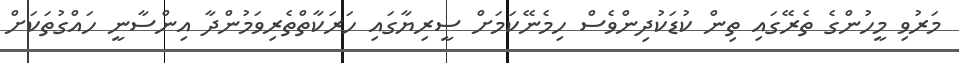
މަރުވި މީހުންގެ ތެރޭގައި ތިން ކުޑަކުދިންވެސް ހިމެނޭކަމަށް ސީރިޔާގައި ހަރަކާތްތެރިވަމުންދާ އިންސާނީ ހައްގުތަކަށް